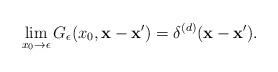
LaTeX: \begin{align*}\lim_{x_0\to \epsilon}G_\epsilon (x_0, {\bf x}-{\bf x}') =\delta^{(d)} ({\bf x}-{\bf x}').\end{align*}